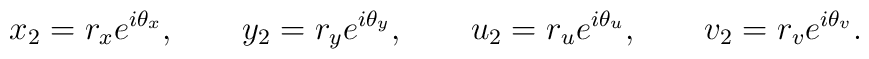
x_2 = r_x e^{i\theta_x},\qquad y_2 = r_y e^{i\theta_y}, \qquad u_2= r_u e^{i\theta_u}, \qquad v_2 = r_v e^{i\theta_v}.